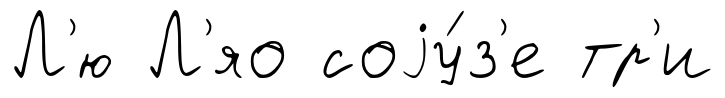
Л'ю Л'яо соjу́з'е тр'и